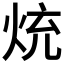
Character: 𭴤